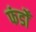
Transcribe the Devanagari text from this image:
फंडोँ